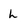
Character: h